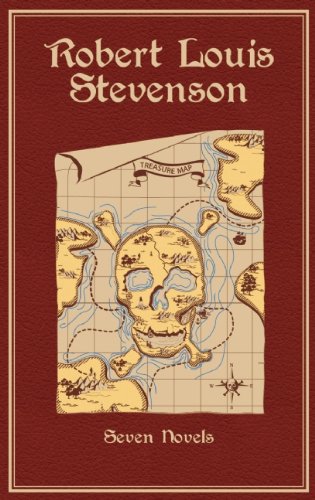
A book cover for Robert Louis Stevenson: Seven Novels; Robert Louis Stevenson; Literature & Fiction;